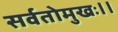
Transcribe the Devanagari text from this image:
सर्वतोमुखः।।